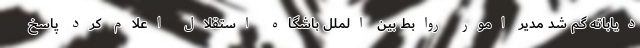
دیاباته گم شد مدیر امور روابط بین الملل باشگاه استقلال اعلام کرد پاسخ